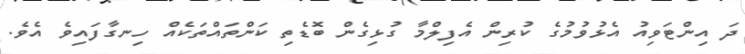
ދަ އިންޓަވިއު އެޅުވުމުގެ ކުރިން އެފިލްމާ ގުޅިގެން ބޮޑެތި ކަންތައްތަކެއް ހިނގާފައިވެ އެވެ.